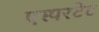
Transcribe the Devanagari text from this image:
एस्परटेट